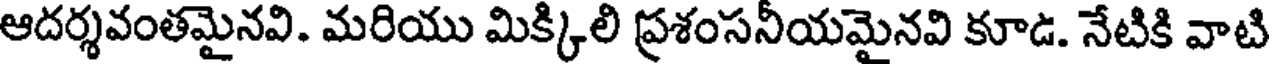
ఆదర్శవంతమైనవి. మరియు మిక్కిలి ప్రశంసనీయమైనవి కూడ. నేటికి వాటి